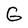
Character: G